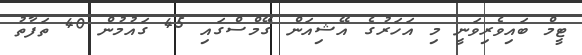
ޓީމް ބައިވެރިވަނީ މި އަހަރުގެ އޭޝިއަން ގޭމްސްގައި 45 ގައުމުން 40 ތަފާތު